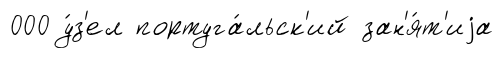
000 у́з'ел португа́льск'ий зан'я́т'иjа